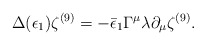
\begin{align*}\Delta (\epsilon_1) \zeta^{(9)} = - \bar\epsilon_1 \Gamma^\mu \lambda\partial_\mu \zeta^{(9)}.\end{align*}